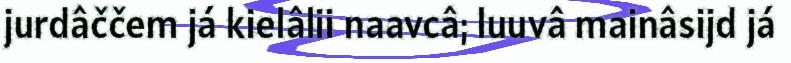
jurdâččem já kielâlii naavcâ; luuvâ mainâsijd já